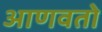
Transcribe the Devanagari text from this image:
आणवतो